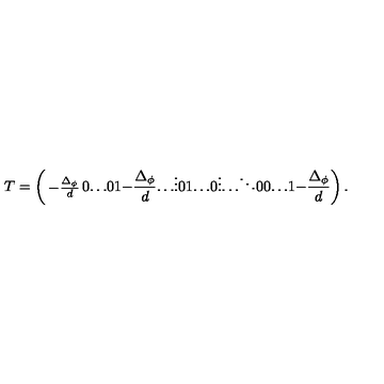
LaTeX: T = \left( \begin{matrix} { - \frac { \Delta _ { \phi } } { d } } & { 0 } & { \ldots } & { 0 } \\ { 1 } & { - \frac { \Delta _ { \phi } } { d } } & { \ldots } & { \vdots } \\ { 0 } & { 1 } & { \ldots } & { 0 } \\ { \vdots } & { \ldots } & { \ddots } & { 0 } \\ { 0 } & { \ldots } & { 1 } & { - \frac { \Delta _ { \phi } } { d } } \\ \end{matrix} \right) .